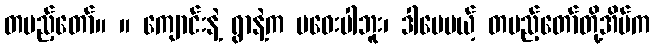
တပည့်တော်။ ။ ကျောင်းနဲ့ ရွာနဲ့က မဝေးပါဘူး၊ ဒါပေမယ့် တပည့်တော်တို့အိမ်က